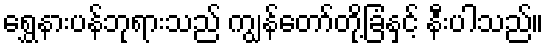
ရွှေနားပန်ဘုရားသည် ကျွန်တော်တို့ခြံနှင့် နီးပါသည်။